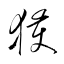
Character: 獲